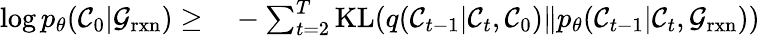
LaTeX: \begin{array}{rl}{\log p_{\theta}(\mathcal{C}_{0}\vert\mathcal{G}_{\mathrm{rxn}})\ge}&{{}-\sum_{t=2}^{T}\mathrm{KL}(q(\mathcal{C}_{t-1}\vert\mathcal{C}_{t},\mathcal{C}_{0})\Vert p_{\theta}(\mathcal{C}_{t-1}\vert\mathcal{C}_{t},\mathcal{G}_{\mathrm{rxn}}))}\end{array}